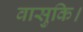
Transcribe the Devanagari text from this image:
वासुकि।